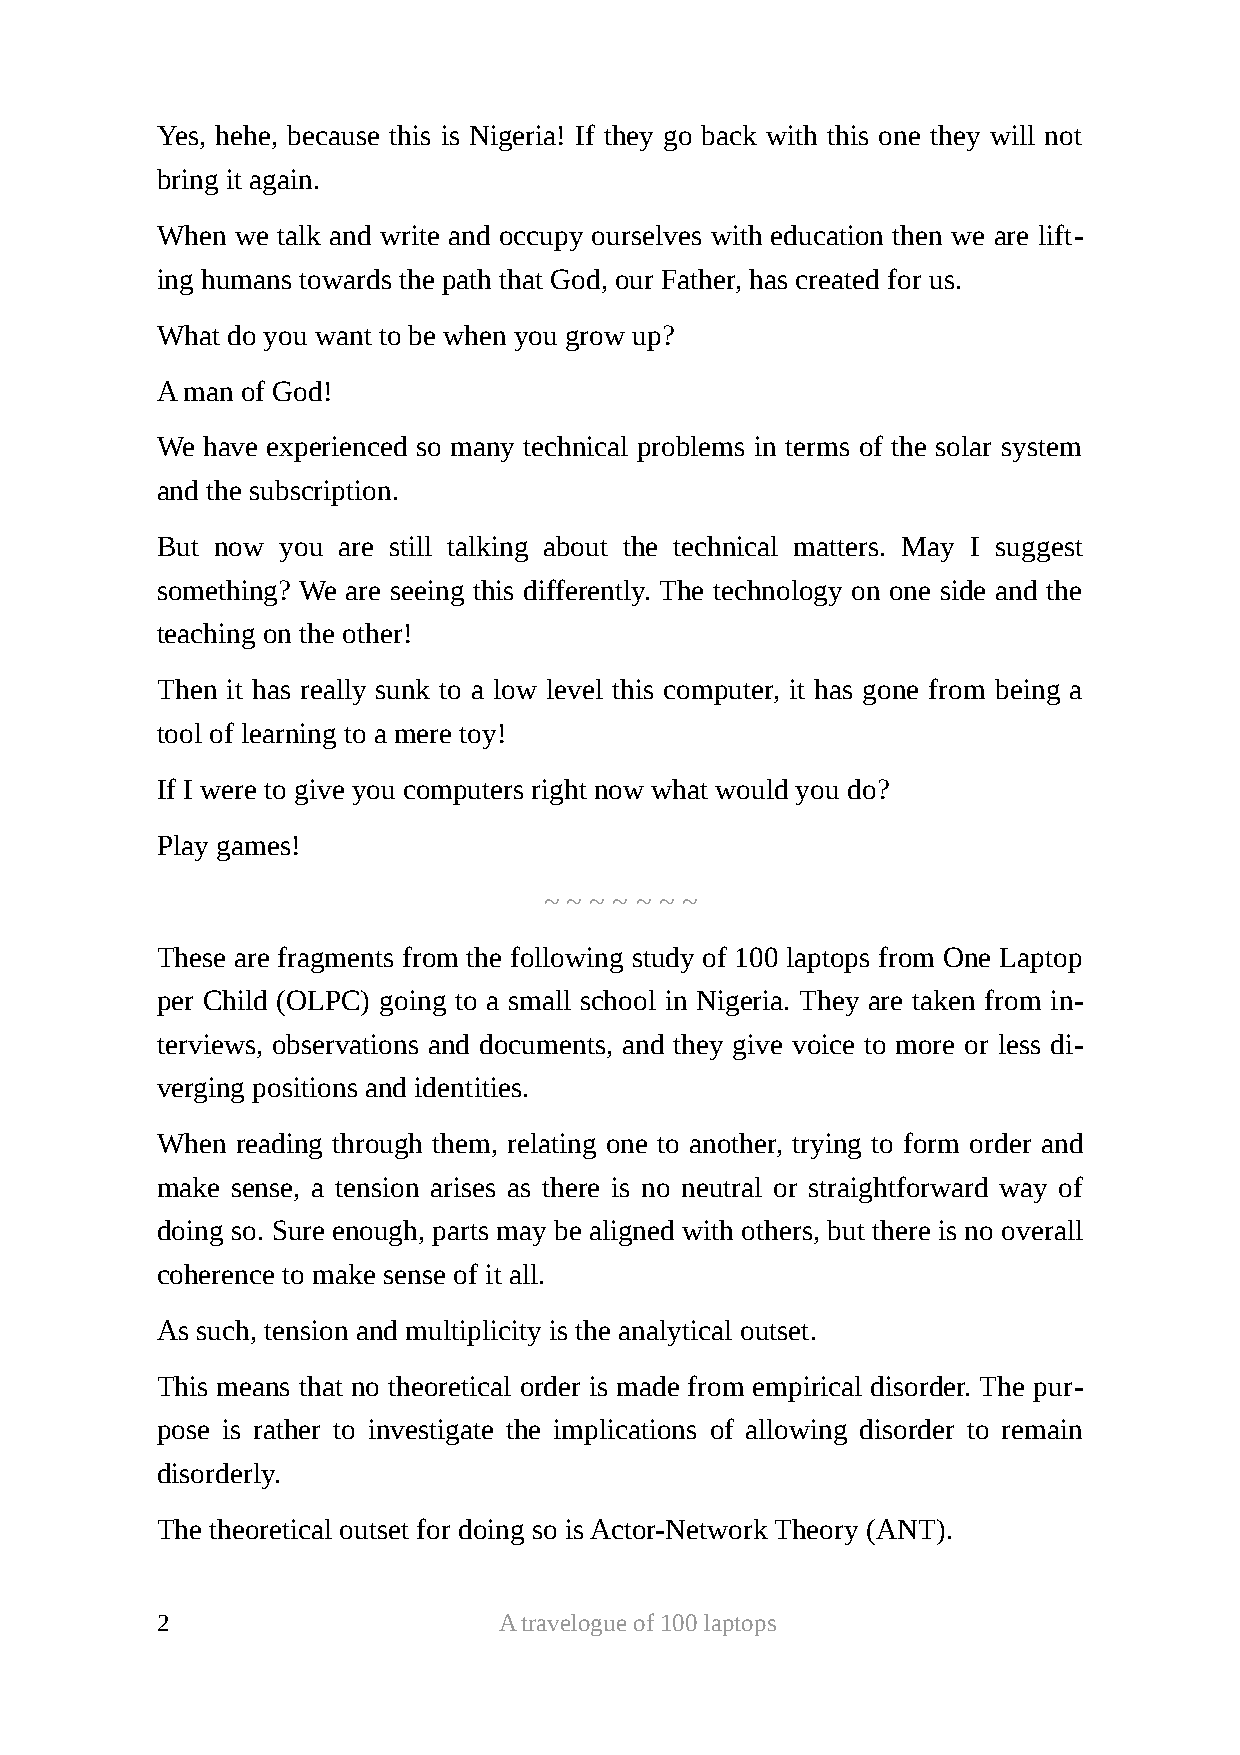
Yes, hehe, because this is Nigeria! If they go back with this one they will not
 bring it again.
 When  we talk and write and occupy ourselves with education then we are lift-
 ing humans towards the path that God, our Father, has created for us.
 What do you want to be when you grow up?
 A man of God!
 We have experienced so many technical problems in terms of the solar system
 and the subscription.
 But now  you are still talking about the technical matters. May I suggest
 something? We are seeing this differently. The technology on one side and the
 teaching on the other!
 Then it has really sunk to a low level this computer, it has gone from being a
 tool of learning to a mere toy!
 If I were to give you computers right now what would you do?
 Play games!
 ~ ~ ~ ~ ~ ~ ~
 These are fragments from the following study of 100 laptops from One Laptop
 per Child (OLPC) going to a small school in Nigeria. They are taken from in-
 terviews, observations and documents, and they give voice to more or less di-
 verging positions and identities.
 When  reading through them, relating one to another, trying to form order and
 make sense, a tension arises as there is no neutral or straightforward way of
 doing so. Sure enough, parts may be aligned with others, but there is no overall
 coherence to make sense of it all.
 As such, tension and multiplicity is the analytical outset.
 This means that no theoretical order is made from empirical disorder. The pur-
 pose is rather to investigate the implications of allowing disorder to remain
 disorderly.
 The theoretical outset for doing so is Actor-Network Theory (ANT).
 2                      A travelogue of 100 laptops